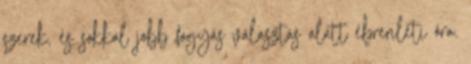
szerek, és sokkal jobb fogyás választás alatt ébrenléti óra.